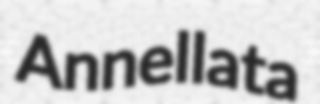
Annellata